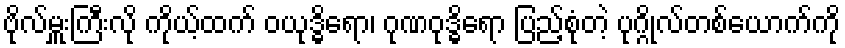
ဗိုလ်မှူးကြီးလို ကိုယ့်ထက် ဝယုဒ္ဓိရော၊ ဂုဏဝုဒ္ဓိရော ပြည့်စုံတဲ့ ပုဂ္ဂိုလ်တစ်ယောက်ကို